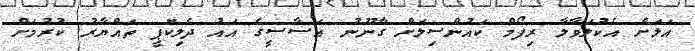
އަލަށް އެކުލަވާލާ ރިފޯމް ކައުންސިލަށް ގާނޫނު އަސާސީގެ އައު ދެލިކޮޕީ ތައްޔާރު ކުރުމަށް